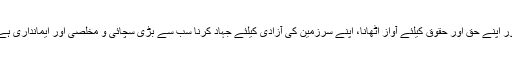
اور اپنے حق اور حقوق کیلئے آواز اُٹھانا، اپنے سرزمین کی آزادی کیلئے جہاد کرنا سب سے بڑی سچائی و مخلصی اور ایمانداری ہے۔